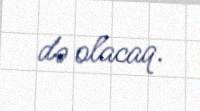
də olacaq.